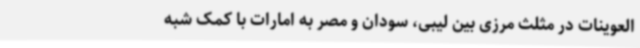
العوینات در مثلث مرزی بین لیبی، سودان و مصر به امارات با کمک شبه‌